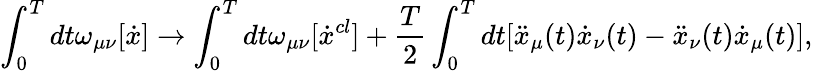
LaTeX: \int_{0}^{T}{dt}\omega_{\mu\nu}[\dot{x}]\to\int_{0}^{T}{dt\omega_{\mu\nu}}[\dot{x}^{cl}]+\frac{T}{2}\int_{0}^{T}{dt[\ddot{x}_{\mu}}(t)\dot{x}_{\nu}(t)-\ddot{x}_{\nu}(t)\dot{x}_{\mu}(t)],